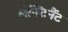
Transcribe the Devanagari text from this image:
लेफ्टिनैंट